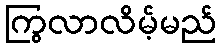
ကြွလာလိမ့်မည်